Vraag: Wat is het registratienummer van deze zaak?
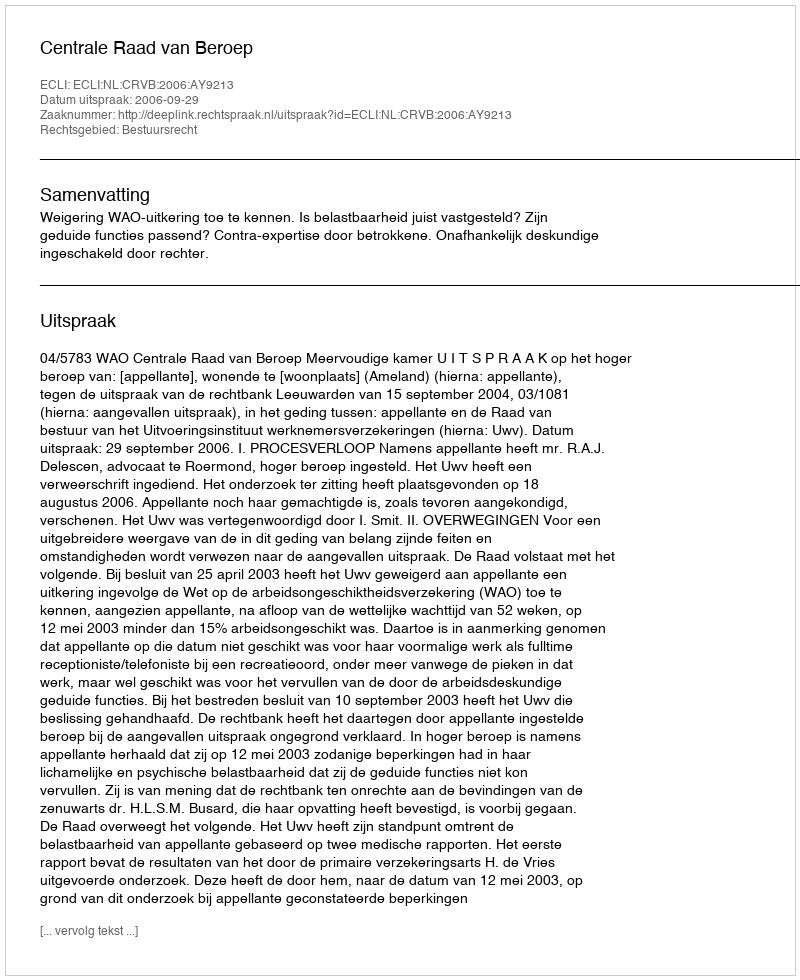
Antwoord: http://deeplink.rechtspraak.nl/uitspraak?id=ECLI:NL:CRVB:2006:AY9213